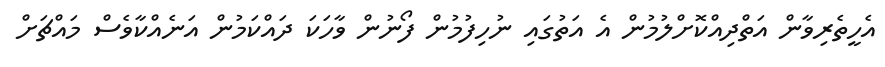
އެހީތެރިވާން އަތްދިއްކޮށްލުމުން އެ އަތުގައި ނުހިފުމުން ފޯނުން ވާހަކަ ދައްކަމުން އަނެއްކާވެސް މައްޗަށް